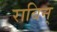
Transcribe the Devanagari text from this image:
राबिन्‌